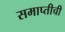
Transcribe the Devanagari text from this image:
समाप्तीची